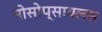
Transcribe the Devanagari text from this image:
नोसोप्सायलस